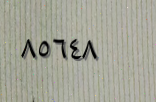
٨٥٦٤٨